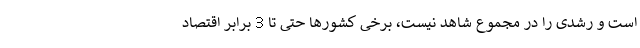
است و رشدی را در مجموع شاهد نیست، برخی کشورها حتی تا 3 برابر اقتصاد